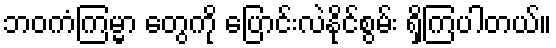
ဘဝကံကြမ္မာ တွေကို ပြောင်းလဲနိုင်စွမ်း ရှိကြပါတယ်။